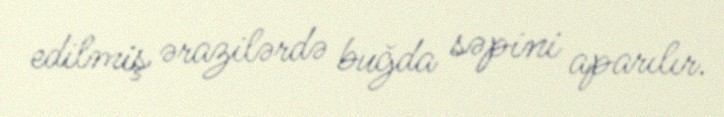
edilmiş ərazilərdə buğda səpini aparılır.